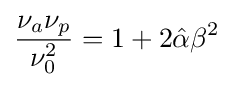
{\frac {\nu _{a}\nu _{p}}{\nu _{0}^{2}}}=1+2{\hat {\alpha }}\beta ^{2}